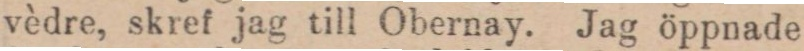
vèdre, skref jag till Obernay. Jag öppnade